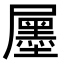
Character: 𡳫